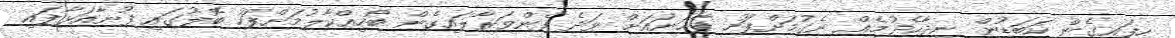
ހިފައިގެން ކަބަޑުން ނިދާހެދުމެއް ނެގުމަށްފަހު ފާހަނައަށް ވަދެ ފެންވަރާލައިގެން ބޯހިއްކާލުމަށްފަހު ބޮލުގައި ފުނާއަޅާފައި